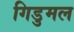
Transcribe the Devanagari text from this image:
गिडुमल